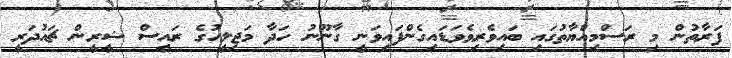
ފަރާތުން މި ރަސްމިއްޔާތުގައި ބައިވެރިވެވަޑައިގެންފައިވަނީ ގާނޫނު ހަދާ މަޖިލީހުގެ ރައީސް ޝީރީން ޗައުދަރީ